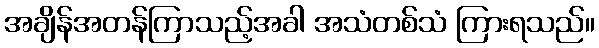
အချိန်အတန်ကြာသည့်အခါ အသံတစ်သံ ကြားရသည်။